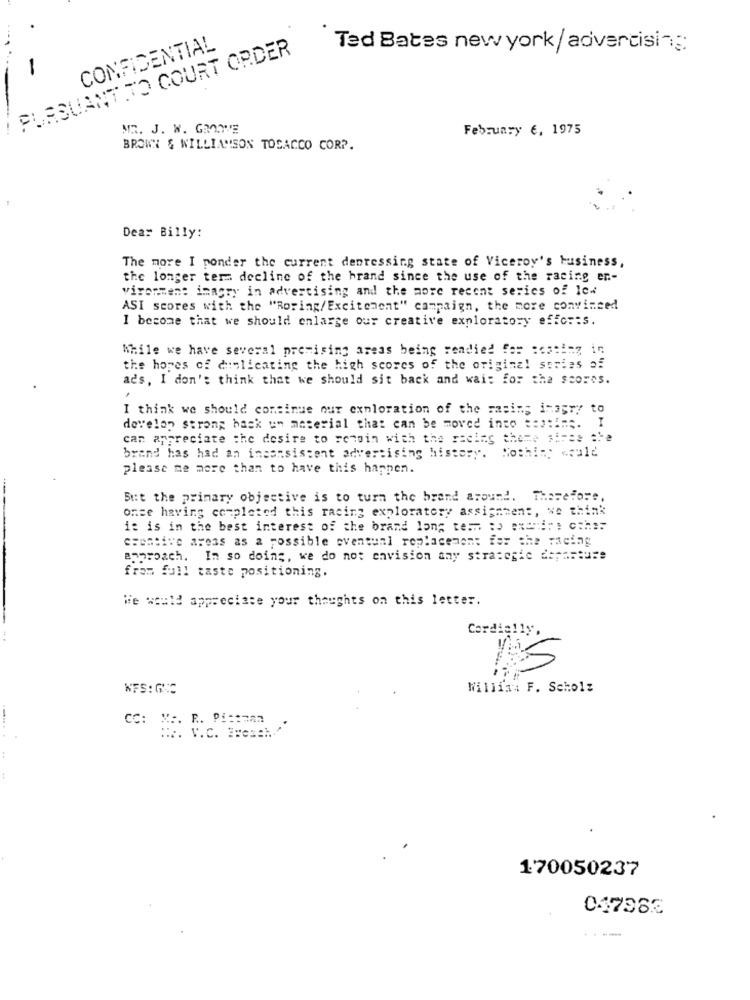
PURSUANT TO COURT ORDER
CONFIDENTIAL
Ted Bates new york/ advertising:
-
MR. J. W. GROOVE
February €, 1975
BROWN & WILLIAMSON TOBACCO CORP.
Dear Billy:
The more I ponder the current depressing state of Viceroy's business,
the longer term decline of the brand since the use of the racing en-
virommen: inagry in advertising and the more recent series of Ie-
ASI scores with the "Roring/Excitement" campaign, the more convinced
I become that we should enlarge our creative exploratory effor:s.
While we have several promising areas being readied for sosting in
the hopes of duplicating the high scores of the original series of
ads, I don't think that we should sit back and wait for the scores.
I think we should continue our exploration of the rasing inagry to
develop strong hack un material that can be moved into testi =;. I
can appreciate the desire to remain with the racing theme sires ale
brand has had an inconsistent advertising history. Nothing would
please me more than to have this happen.
But the primary objective is to turn the brand around. Therefore,
once having completed this racing exploratory assignment, we think
it is in the best interest of the brand long term :5 pxen ::: : other
creative areas as a possible eventual replacement for the racing
approach. In so doing, we do not envision any strategie departure
from full taste positioning.
We would appreciate your thoughts on this letter.
Cordially,
William F. Scholz
X :. R. Pittman
170050237
----